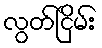
လွတ်ငြိမ်း